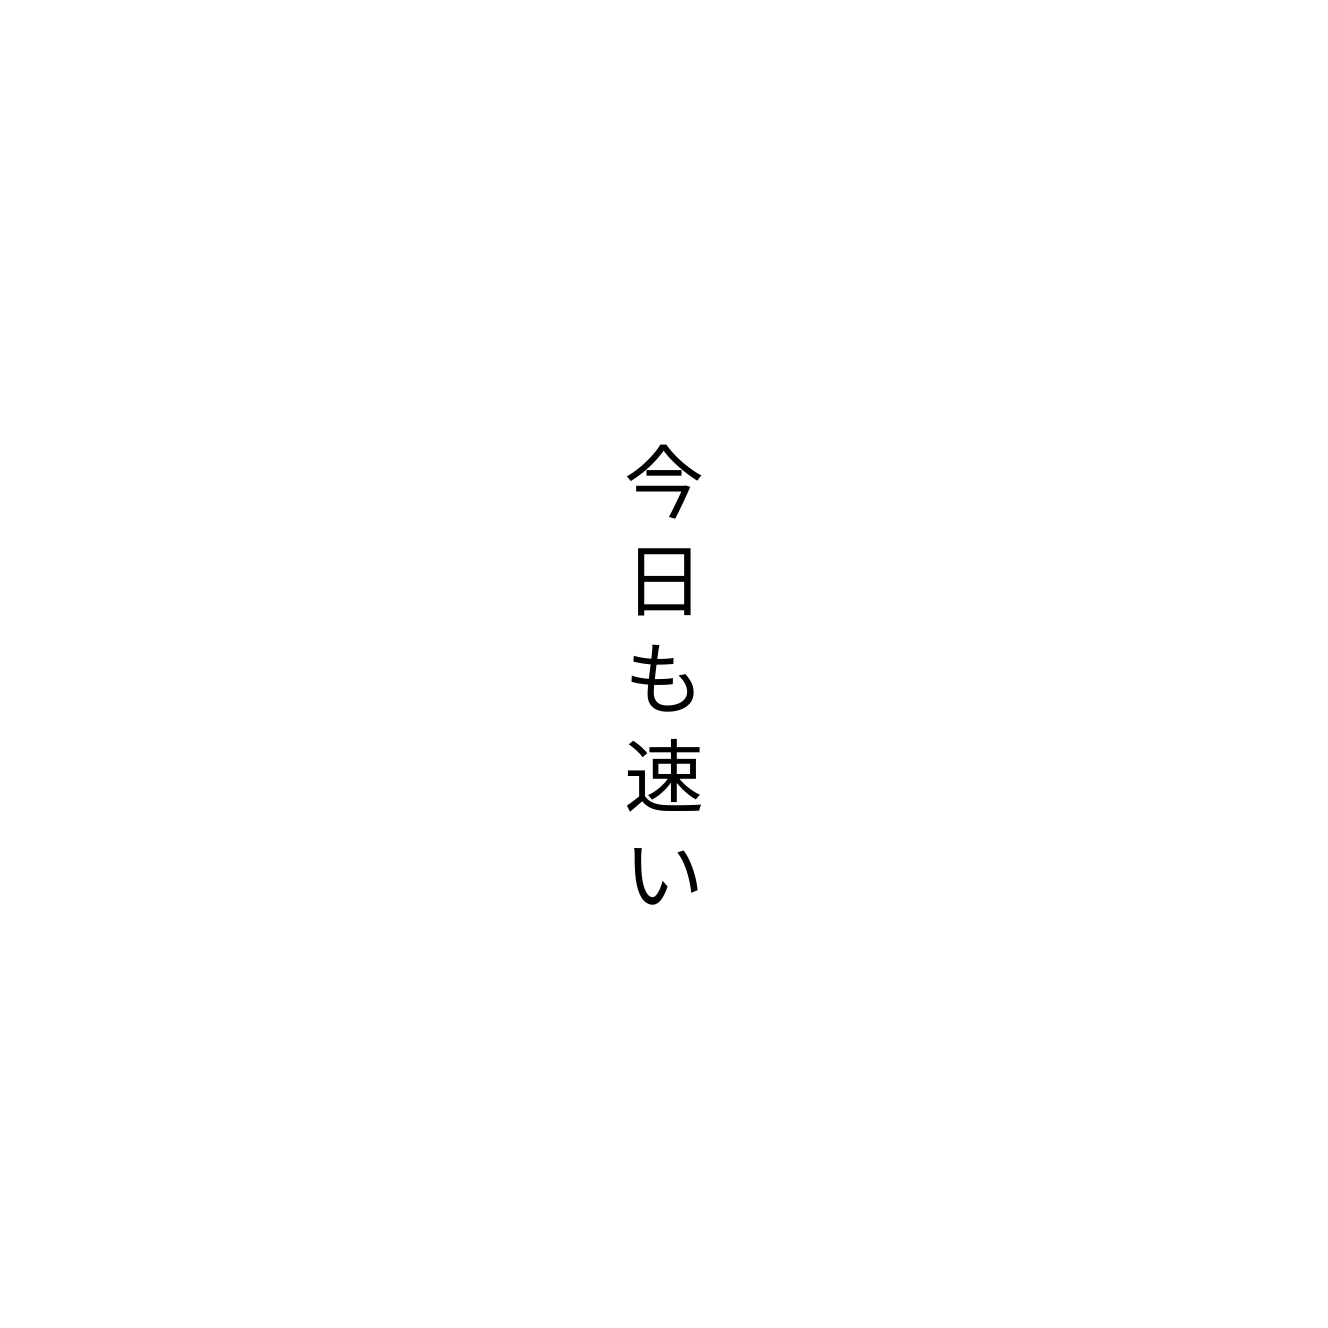
今日も速い